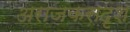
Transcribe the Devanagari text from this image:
अराजकसदृश